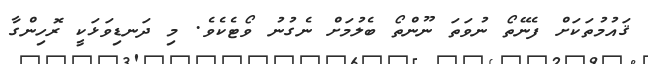
ޤައުމުތަކަށް ފެނޭތޯ ނުވަތަ ނޫންތޯ ބެލުމަށް ނެގުނު ވޯޓެކެވެ. މި ދަނޑިވަޅަކީ ރޮހިންގާ